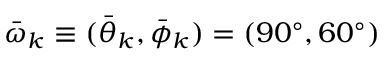
\bar { \omega } _ { k } \equiv ( \bar { \theta } _ { k } , \bar { \phi } _ { k } ) = ( 9 0 ^ { \circ } , 6 0 ^ { \circ } )